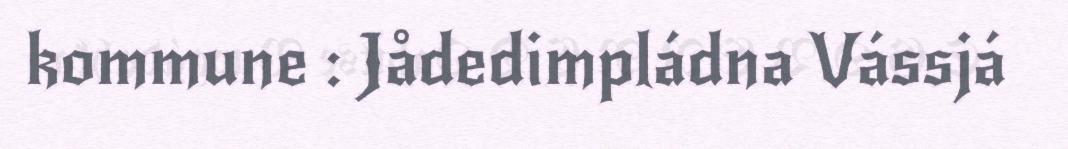
kommune : Jådedimpládna Vássjá